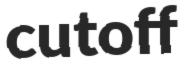
cutoff